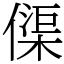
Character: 𠍲